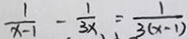
\frac { 1 } { x - 1 } - \frac { 1 } { 3 x } = \frac { 1 } { 3 ( x - 1 ) }